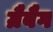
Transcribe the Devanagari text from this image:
ग्रैबैग